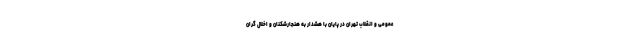
عمومی و انقلاب تهران در پایان با هشدار به هنجارشکنان و اخلال گران